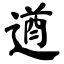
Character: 遒